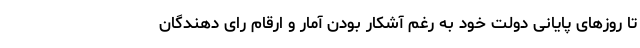
تا روزهای پایانی دولت خود به رغم آشکار بودن آمار و ارقام رای دهندگان